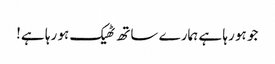
جو ہو رہا ہے ہمارے ساتھ ٹھیک ہو رہا ہے!